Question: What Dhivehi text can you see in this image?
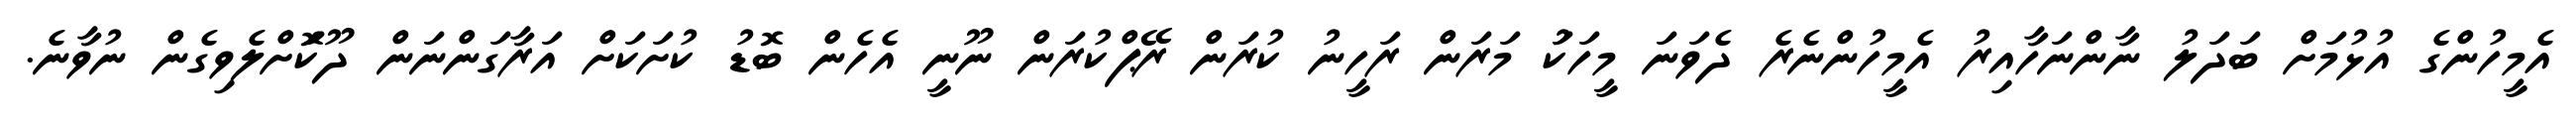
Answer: އެމީހުންގެ އުޅުމަށް ބަދަލު ނާންނަހާއިރު އެމީހުންނެރެ ދެވަނަ މީހަކަު މަރަން ރަހީނު ކުރަން ރޭޕްކުރަން ނޫނީ އެހެން ބޮޑު ކުށަކަށް އަރާގަންނަން ދޫކޮަށްލެވިގެން ނުވާނެ.